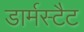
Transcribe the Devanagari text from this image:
डार्मस्टैट